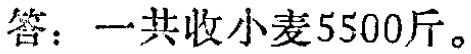
答：一共收小麦5500斤。